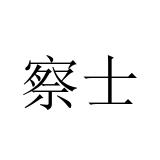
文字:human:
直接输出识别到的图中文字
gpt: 察士